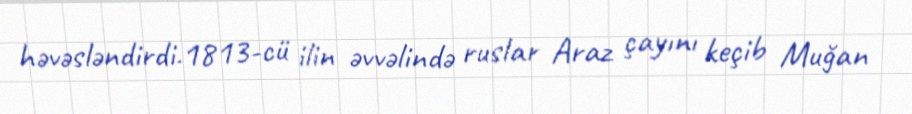
həvəsləndirdi.1813-cü ilin əvvəlində ruslar Araz çayını keçib Muğan